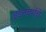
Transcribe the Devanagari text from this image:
इडनबर्गचे